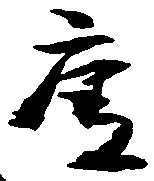
庚